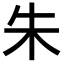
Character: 朱